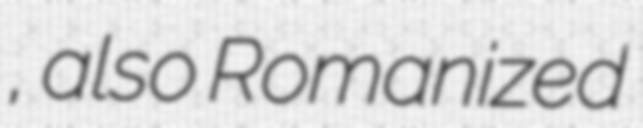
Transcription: فارياب, also Romanized